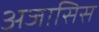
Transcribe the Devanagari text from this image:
अजासिस